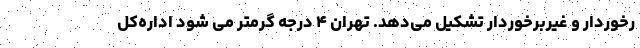
رخوردار و غیربرخوردار تشکیل می‌دهد. تهران ۴ درجه گرمتر می شود اداره‌کل